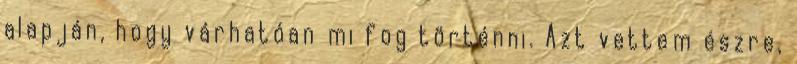
alapján, hogy várhatóan mi fog történni. Azt vettem észre,